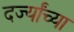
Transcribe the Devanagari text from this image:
दर्ज्यांच्या